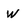
Character: w